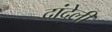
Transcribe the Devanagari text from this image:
दांदेली